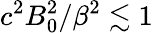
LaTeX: c^{2}B_{0}^{2}/\beta^{2}\lesssim 1